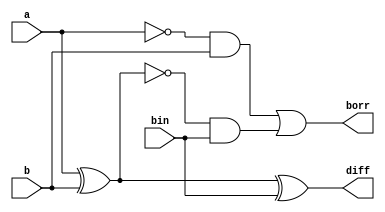
module full_subtractor(a,b,bin,diff,borr);
input a,b,bin;
output reg diff,borr;

always @(a,b,bin) begin 
	diff <= a ^ b ^ bin;
	borr <= (~a & b) | (~(a ^ b) & bin);
end 

endmodule